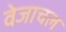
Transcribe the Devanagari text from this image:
वेजाचल